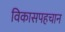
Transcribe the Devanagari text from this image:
विकासपहचान